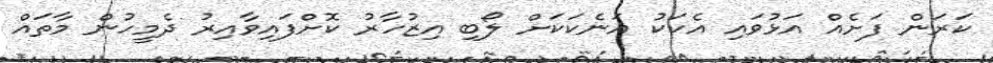
ކަރަން ފަށެއް އަޅުވައި އެކަކު އަނެކަކަށް ލޯބި އިޒުހާރު ކޮށްފައިވާއިރު ދެމީހުން މާތައް